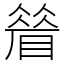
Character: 䁞